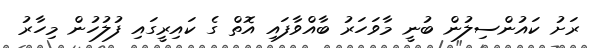
ރަށު ކައުންސިލުން ބުނީ މާވަހަރު ބާއްވާފައި އޮތް ގެ ކައިރީގައި ފުލުހުން މިހާރު